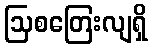
ဩစတြေးလျရှိ